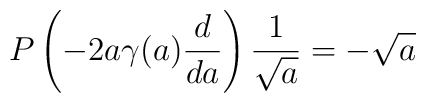
P\left(-2a\gamma(a){d\over d a}\right){1\over\sqrt{a}}=-\sqrt{a}